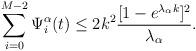
LaTeX: \begin{align*}\sum_{i=0}^{M-2} \Psi_i^\alpha(t)&\leq 2k^2\frac{[1-e^{\lambda_\alpha k}]^2}{\lambda_\alpha}.\end{align*}